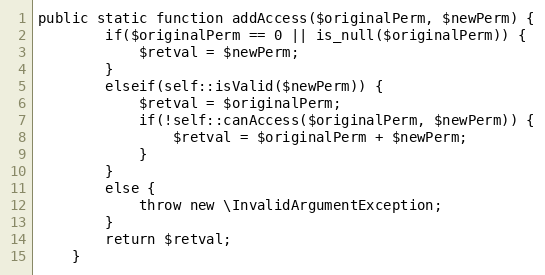
Language: PHP
public static function addAccess($originalPerm, $newPerm) {
		if($originalPerm == 0 || is_null($originalPerm)) {
			$retval = $newPerm;
		}
		elseif(self::isValid($newPerm)) {
			$retval = $originalPerm;
			if(!self::canAccess($originalPerm, $newPerm)) {
				$retval = $originalPerm + $newPerm;
			}
		}
		else {
			throw new \InvalidArgumentException;
		}
		return $retval;
	}